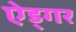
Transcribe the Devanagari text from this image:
ऐड्गर